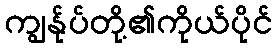
ကျွန်ုပ်တို့၏ကိုယ်ပိုင်